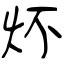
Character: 炋